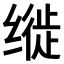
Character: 𫄳